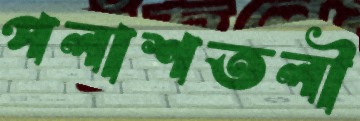
পলাশতলী